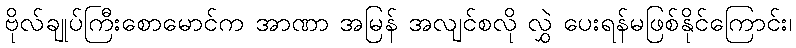
ဗိုလ်ချုပ်ကြီးစောမောင်က အာဏာ အမြန် အလျင်စလို လွှဲ ပေးရန်မဖြစ်နိုင်ကြောင်း၊